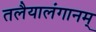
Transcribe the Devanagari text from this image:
तलैयालंगानम्